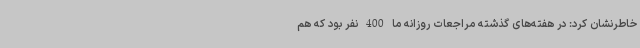
خاطرنشان کرد: در هفته‌های گذشته مراجعات روزانه ما 400 نفر بود که هم